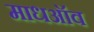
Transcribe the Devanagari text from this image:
माधऑव